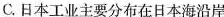
C.日本工业主要分布在日本海沿岸